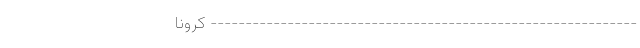
------------------------------------------------------------- کرونا